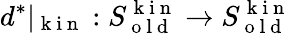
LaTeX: d^{*}\vert_{\mathrm{~k~i~n~}}:S_{\mathrm{~o~l~d~}}^{\mathrm{~k~i~n~}}\to S_{\mathrm{~o~l~d~}}^{\mathrm{~k~i~n~}}